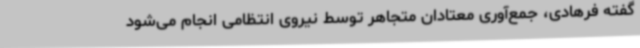
گفته فرهادی، جمع‌آوری معتادان متجاهر توسط نیروی انتظامی انجام می‌شود